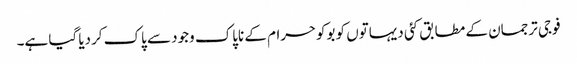
فوجی ترجمان کے مطابق کئی دیہاتوں کو بوکوحرام کے ناپاک وجود سے پاک کردیا گیا ہے۔